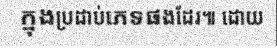
ក្នុងប្រដាប់ភេទផងដែរ៕ ដោយ